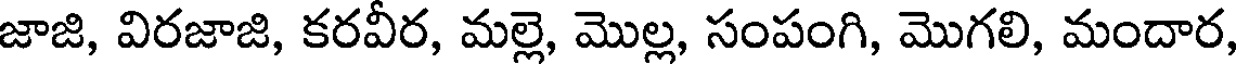
జాజి, విరజాజి, కరవీర, మల్లె, మొల్ల, సంపంగి, మొగలి, మందార,